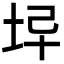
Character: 𡊓